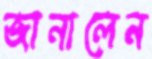
জানালেন